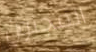
المجنون